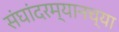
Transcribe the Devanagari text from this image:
संघांदरम्यानच्या